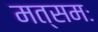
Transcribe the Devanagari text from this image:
मत्समः